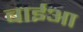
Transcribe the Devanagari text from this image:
बाईआ